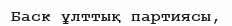
Баск ұлттық партиясы,